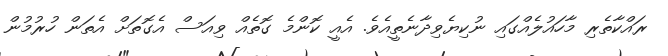
ރައްކާތެރި މާހައުލެއްގައި ނުކިޔެވިދާނެތީއެވެ. އެއީ ކޮންމެ ގޮތެއް ވިއަސް އެގޮތަށް އެތަން ހުރުމުން